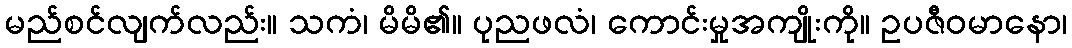
မည်စင်လျက်လည်း။ သကံ၊ မိမိ၏။ ပုညဖလံ၊ ကောင်းမှုအကျိုးကို။ ဥပဇီဝမာနော၊